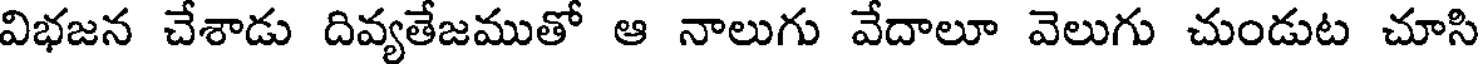
విభజన చేశాడు దివ్యతేజముతో ఆ నాలుగు వేదాలూ వెలుగు చుండుట చూసి